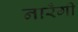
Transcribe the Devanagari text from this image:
नारँगी